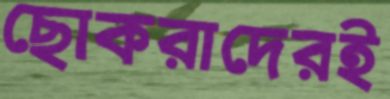
ছোকরাদেরই